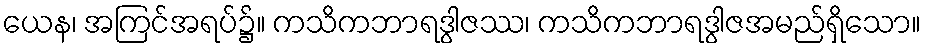
ယေန၊ အကြင်အရပ်၌။ ကသိကဘာရဒွါဇဿ၊ ကသိကဘာရဒွါဇအမည်ရှိသော။